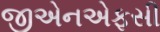
જીએનએફસી